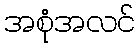
အစုံအလင်